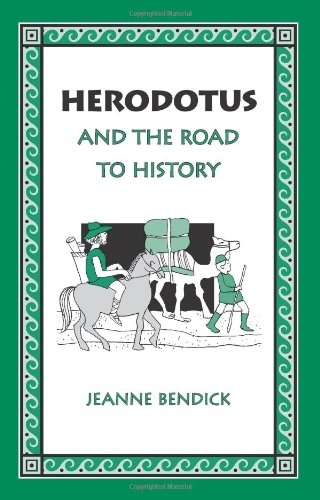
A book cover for Herodotus and the Road to History; Jeanne Bendick; Children's Books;